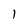
Character: l